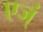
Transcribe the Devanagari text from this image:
एज्ं